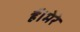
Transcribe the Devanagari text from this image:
हैं।मेरे